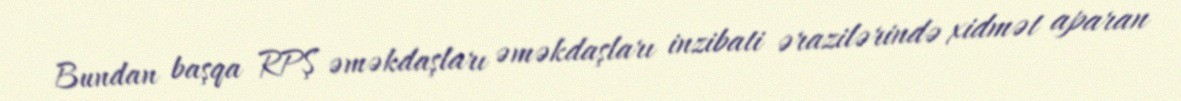
Bundan başqa RPŞ əməkdaşları əməkdaşları inzibati ərazilərində xidmət aparan